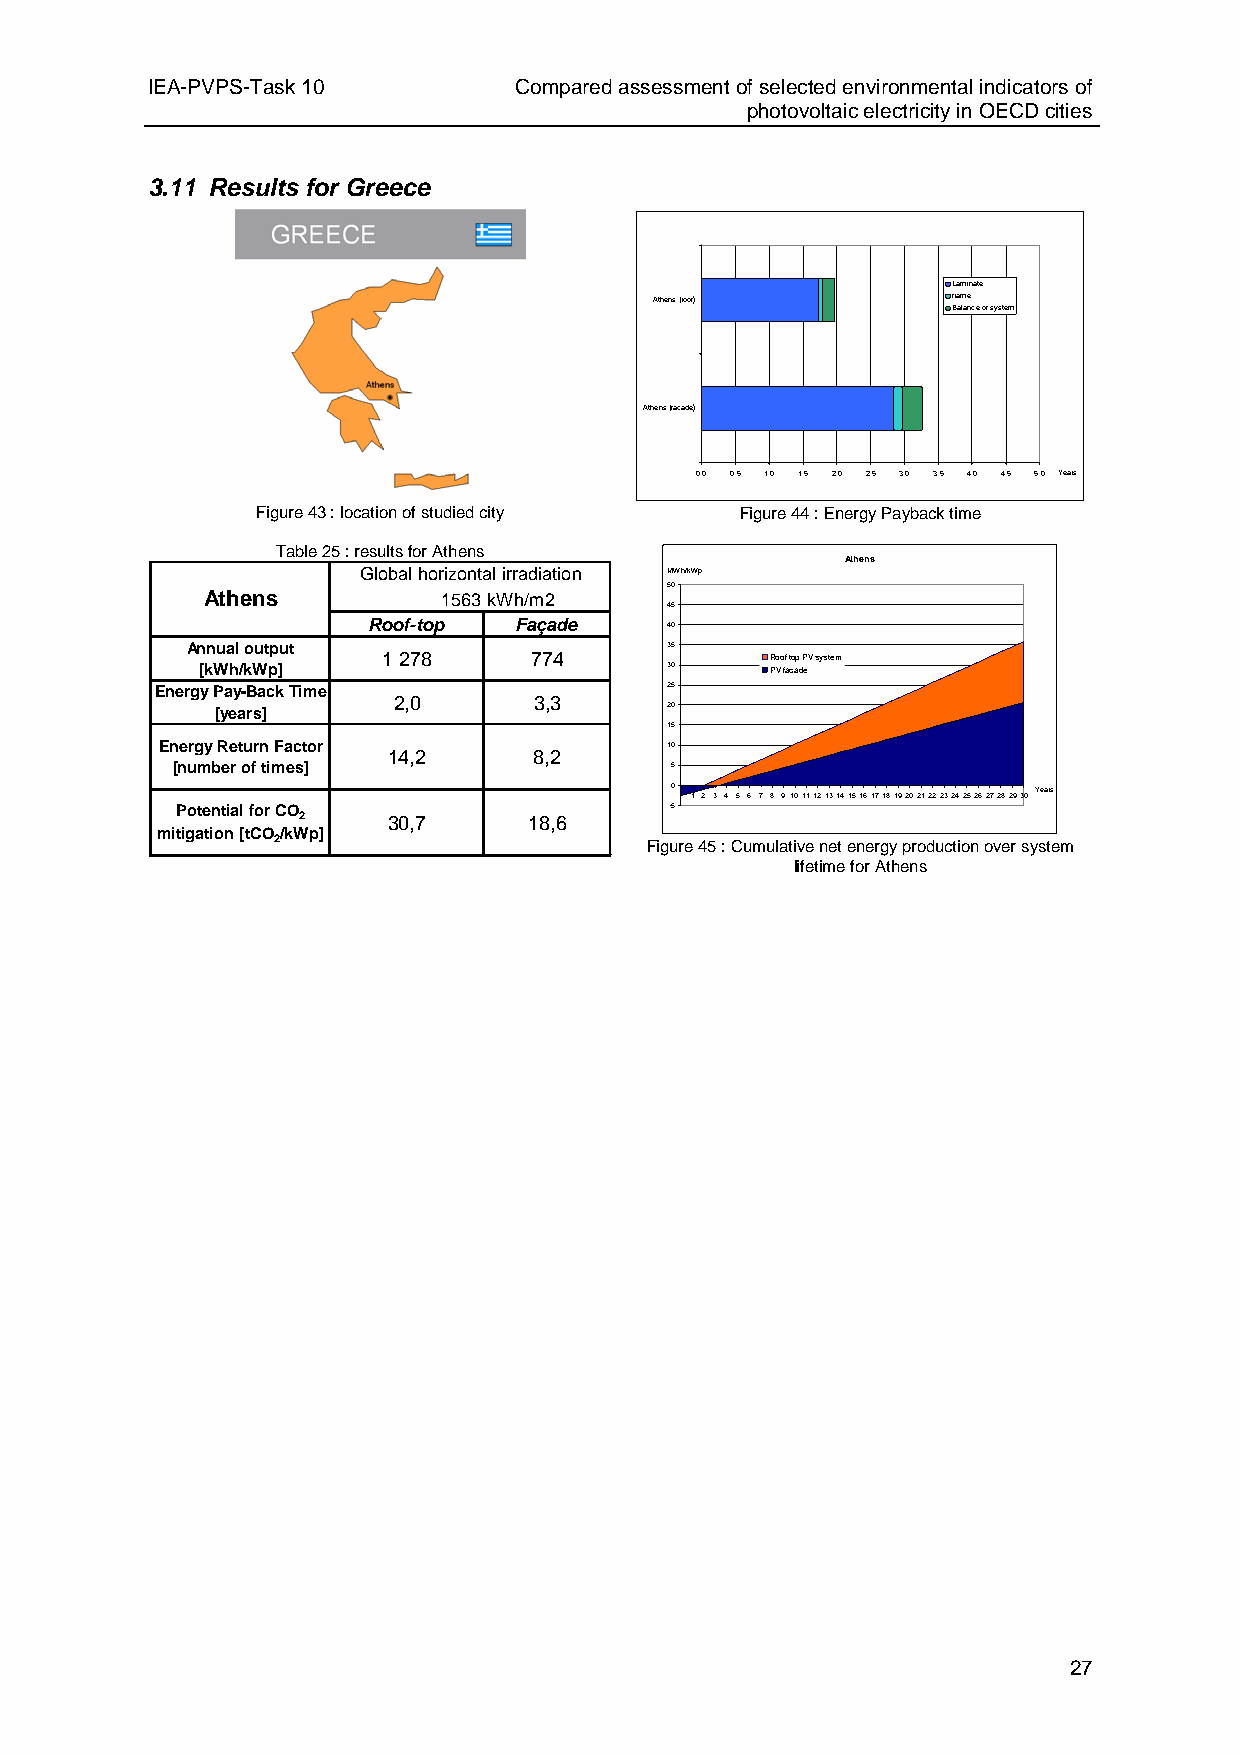
IEA-PVPS-Task 10        Compared assessment of selected environmental indicators of
 photovoltaic electricity in OECD cities
 3.11 Results for Greece
 Laminate
 Athens (roof)       frame
 Balance of system
 Athens (facade)
 0,0 0,5 1,0 1,5 2,0 2,5 3,0 3,5 4,0 4,5 5,0 Years
 Figure 43 : location of studied city Figure 44 : Energy Payback time
 Table 25 : results for Athens
 Athens
 Global horizontal irradiation MWh/kWp
 50
 Athens          1563kWh/m2
 45
 Roof-top  Façade    40
 Annual output                   35
 1 278     774             Roof top PV system
 [kWh/kWp]                      30     PV facade
 Energy Pay-Back Time              25
 2,0      3,3
 [years]                       20
 15
 Energy Return Factor             10
 14,2     8,2
 [number of times]                5
 0 1 2 3 4 5 6 7 8 9101112131415161718192021222324252627282930 Years
 Potential for CO                -5
 2     30,7     18,6
 mitigation [tCO/kWp]
 2                        Figure 45 : Cumulative net energy production over system
 lifetime for Athens
 27